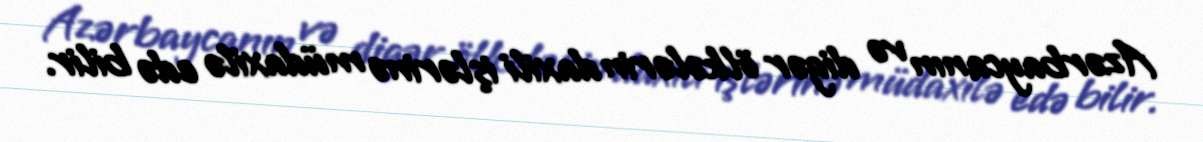
Azərbaycanın və digər ölkələrin daxili işlərinə müdaxilə edə bilir.